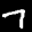
Label: 7